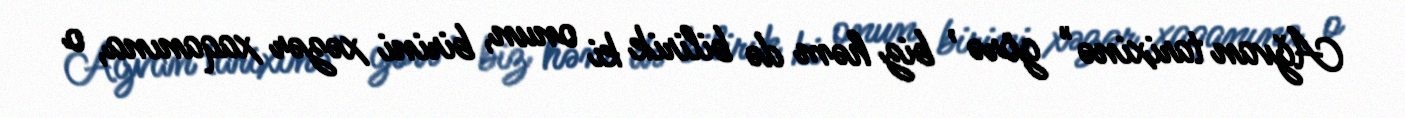
Ağvan tarixinə" görə , biz həm də bilirik ki onun, birini xəzər xaqanına, o